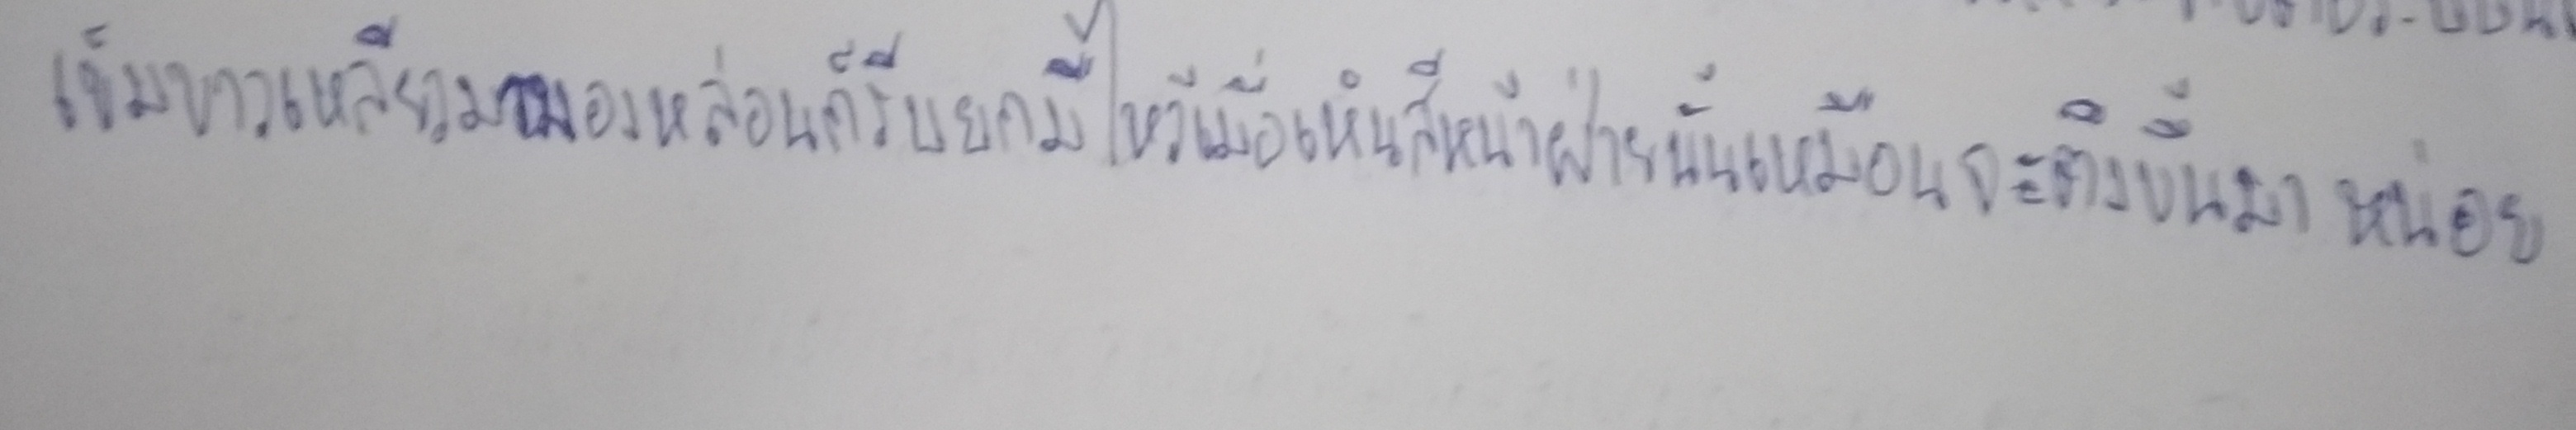
เข็มขาวเหลียวมามองหล่อนก็รีบยกมือไหว้เมื่อเห็นสีหน้าฝ่ายนั้นเหมือนจะตึงขึ้นมาหน่อย